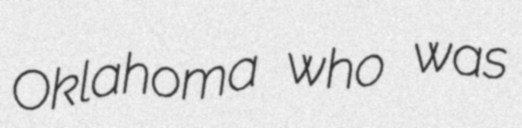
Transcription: Oklahoma who was